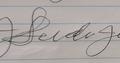
Signature authenticity: forged